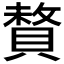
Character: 𫎜